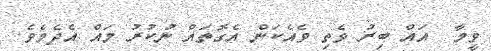
ވީމާ  އައް ބިރު ވެތި ވެއެކަން އެގޮތައް ނުކުރު މައް އެދެމެވެ.